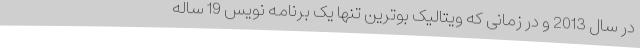
در سال 2013 و در زمانی که ویتالیک بوترین تنها یک برنامه نویس 19 ساله